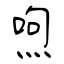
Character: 喣